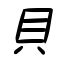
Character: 貝